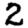
Digit: 2